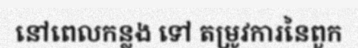
នៅពេលកន្លង ទៅ តម្រូវការនៃពួក